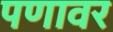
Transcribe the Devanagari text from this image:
पणावर